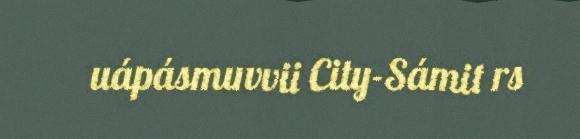
uápásmuvvii City-Sámit rs